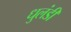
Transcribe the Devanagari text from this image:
धुलंडी